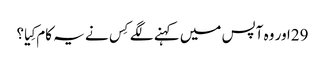
29اور وہ آپس میں کہنے لگے کِس نے یہ کام کِیا؟